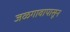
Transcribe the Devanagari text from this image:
जळगावापासून